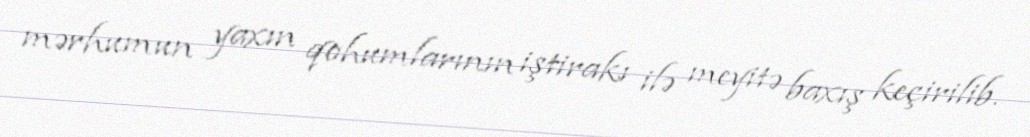
mərhumun yaxın qohumlarının iştirakı ilə meyitə baxış keçirilib.